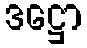
ဒဋ္ဌော